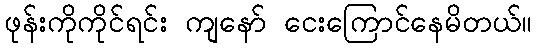
ဖုန်းကိုကိုင်ရင်း ကျနော် ငေးကြောင်နေမိတယ်။